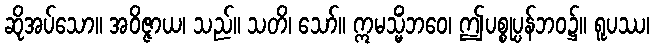
ဆိုအပ်သော။ အဝိဇ္ဇာယ၊ သည်။ သတိ၊ သော်။ ဣမသ္မိံဘဝေ၊ ဤပစ္စုပ္ပန်ဘဝ၌။ ရူပဿ၊